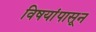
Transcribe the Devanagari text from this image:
विषयांपासून